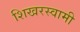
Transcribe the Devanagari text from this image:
शिखरस्वामी